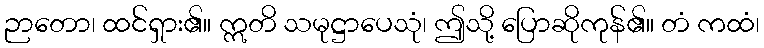
ဉာတော၊ ထင်ရှား၏။ ဣတိ သမုဋ္ဌာပေသုံ၊ ဤသို့ ပြောဆိုကုန်၏။ တံ ကထံ၊